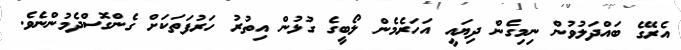
އެރޭގެ ބައްދަލުވުން ނިމިގެން ދިޔައީ އަހަރެމެން ލޯބީގެ ގުޅުން އިތުރު ހަރުފަތަކަށް ގެންގޮސްދެމުންނެވެ.